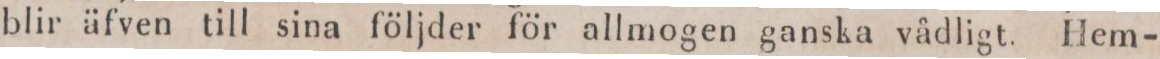
blir äfven till sina följder för allmogen ganska vådligt. Hem-